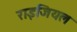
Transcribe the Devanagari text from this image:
राइजियल